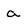
Character: a